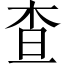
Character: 查